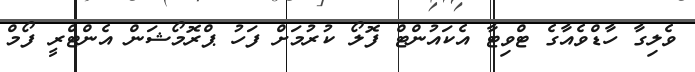
ވެލިގާ ހާޑްވެއާގެ ޓްވިޓާ އެކައުންޓް ފޮލޯ ކުރުމަށް ފަހު ޕްރޮމޯޝަން އެންޓްރީ ފޯމް